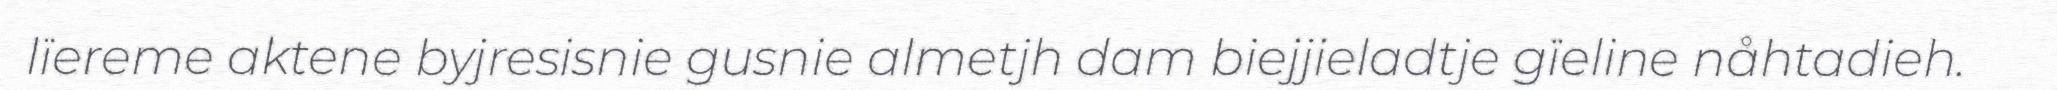
lïereme aktene byjresisnie gusnie almetjh dam biejjieladtje gïeline nåhtadieh.